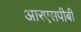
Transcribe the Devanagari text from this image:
आरएसपीबी